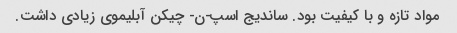
مواد تازه و با کیفیت بود. ساندیج اسپ-ن- چیکن آبلیموی زیادی داشت.